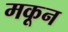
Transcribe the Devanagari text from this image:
मकून